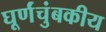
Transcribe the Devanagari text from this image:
घूर्णंचुंबकीय